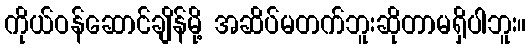
ကိုယ်ဝန်ဆောင်ချိန်မို့ အဆိပ်မတက်ဘူးဆိုတာမရှိပါဘူး။